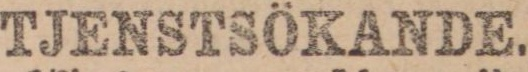
TJENSTSÖKANDE.